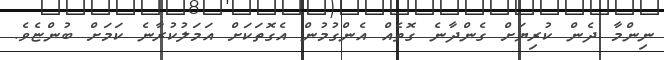
ނިންމާ ދެން ކުރިޔަށް ގެންދާނެ ގޮތެއް އެންގުމުން އެގޮތަކަށް އަމަލުކުރާނެ ކަމަށް ބުންޏެވެ.